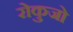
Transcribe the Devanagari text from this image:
रोकुजो